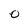
Character: 0